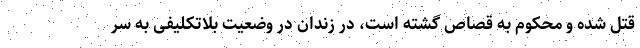
قتل شده و محکوم به قصاص گشته است، در زندان در وضعیت بلاتکلیفی به سر